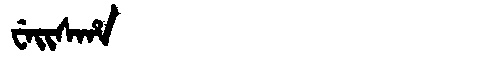
Manchu: ᠸᡝᡳᠰᡥᠠ
Romanization: WEISHA